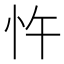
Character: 忤